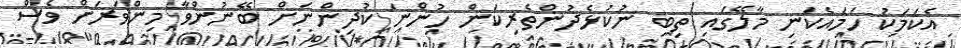
އެކަމަކު ހަމައެކަނި މާލޭގައި ތިބި ނުކުޅެދުންތެރިކަން ހުންނަ ކުދިންނަށް ބޭނުންވާ މިންވަރަށް ވެސް